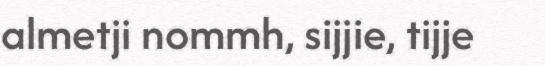
almetji nommh, sijjie, tijje